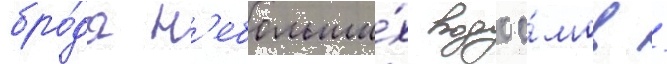
бро́да н'ебольши́х водоо́мов /